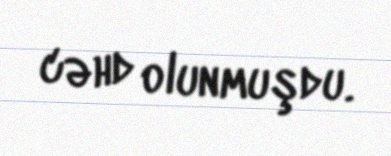
cəhd olunmuşdu.